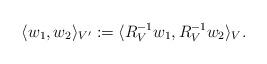
LaTeX: \begin{align*} \langle w_1, w_2\rangle_{V'} := \langle R_V^{-1} w_1, R_V^{-1} w_2\rangle_V.\end{align*}